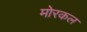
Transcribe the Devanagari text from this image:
मोरकल